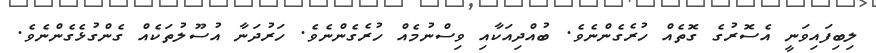
ލިބިފައިވަނީ އެސޮރުގެ ގޮތެއް ހުރެގެންނެވެ. ބުއްދިއަކާއި ވިސްނުމެއް ހުރެގެންނެވެ. ހަރުދަނާ އުސޫލުތަކެއް ގެންގުޅެގެންނެވެ.